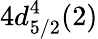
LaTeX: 4d_{5/2}^{4}(2)